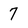
Character: 7